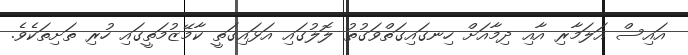
އައިސް އަލަމާރި އާއި ދިމާއަށް ހިނގައިގަތްވަގުތު ލޮލުގައި އަޅައިގަތީ ކާމޭޒުމަތީގައި ހުރި ތަށިތަކެވެ.